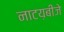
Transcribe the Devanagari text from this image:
नाटय़बीजे